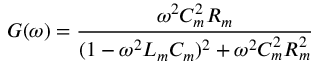
G ( \omega ) = \frac { \omega ^ { 2 } C _ { m } ^ { 2 } R _ { m } } { ( 1 - \omega ^ { 2 } L _ { m } C _ { m } ) ^ { 2 } + \omega ^ { 2 } C _ { m } ^ { 2 } R _ { m } ^ { 2 } }